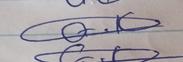
Signature authenticity: genuine